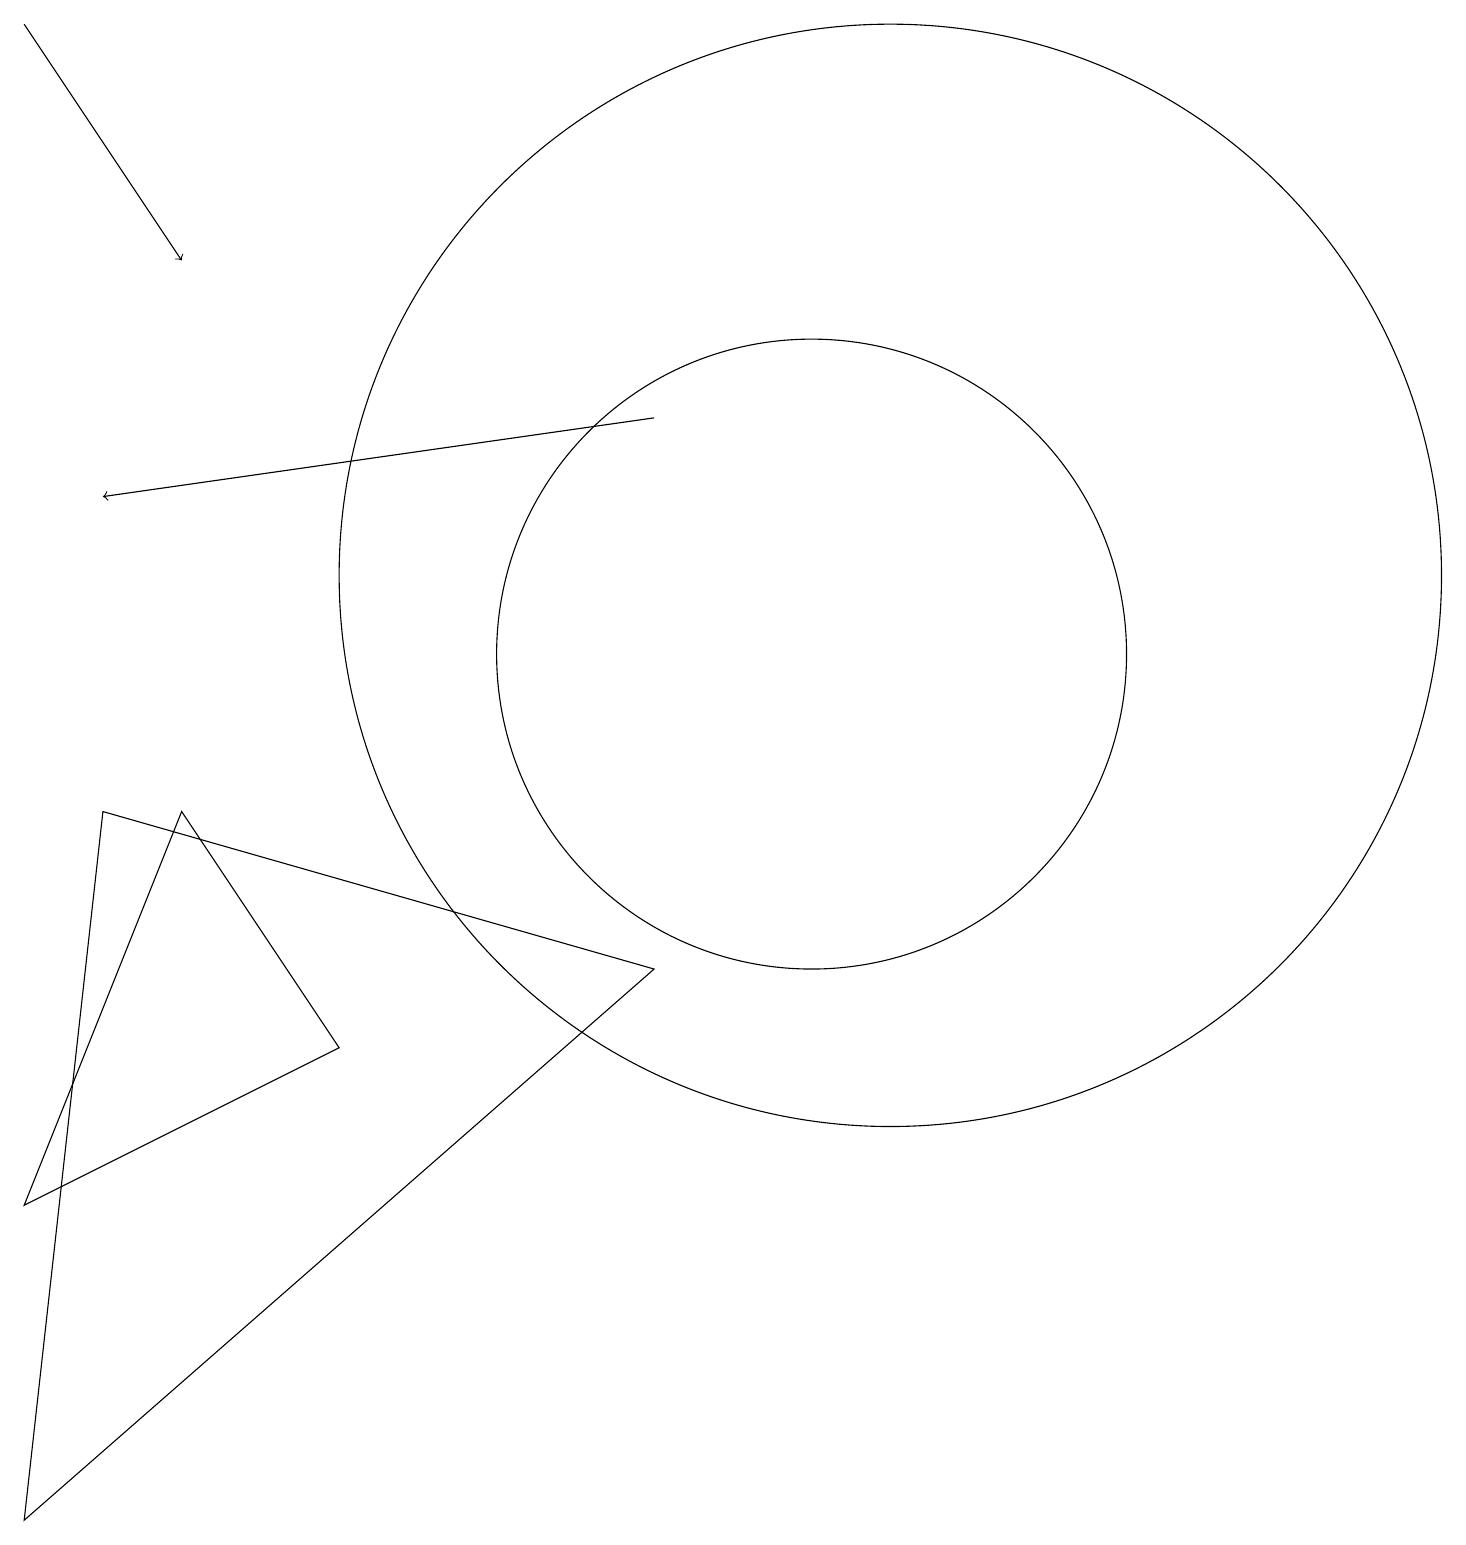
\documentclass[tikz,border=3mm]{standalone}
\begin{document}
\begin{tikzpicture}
\draw[->] (8,14) -- (1,13);
\draw (0,0) -- (1,9) -- (8,7) -- cycle;
\draw (10,11) circle (4);
\draw[->] (0,19) -- (2,16);
\draw (11,12) circle (7);
\draw (10,10) circle (0);
\draw (2,9) -- (0,4) -- (4,6) -- cycle;
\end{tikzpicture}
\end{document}